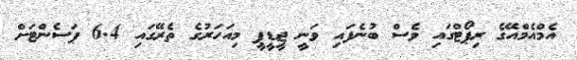
އެމްއެމްއޭގެ ރިޕޯޓްގައި ވެސް ބުނެފައި ވަނީ ޖީޑީޕީ މިއަހަރުގެ ތެރޭގައި 6.4 ޕަސެންޓަށް